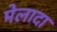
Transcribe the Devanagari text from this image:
मेलादा